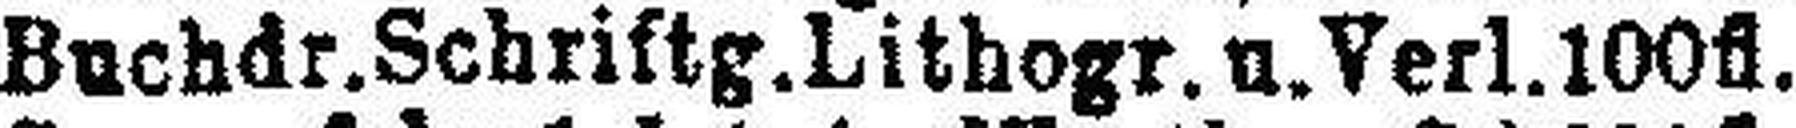
Buchdr. Schriftg. Lithogr. u. Verl. 100fl.